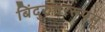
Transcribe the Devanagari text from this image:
बिंदुरुत्तररूपम्